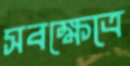
সবক্ষেত্রে